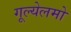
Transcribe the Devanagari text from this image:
गूल्येलमो